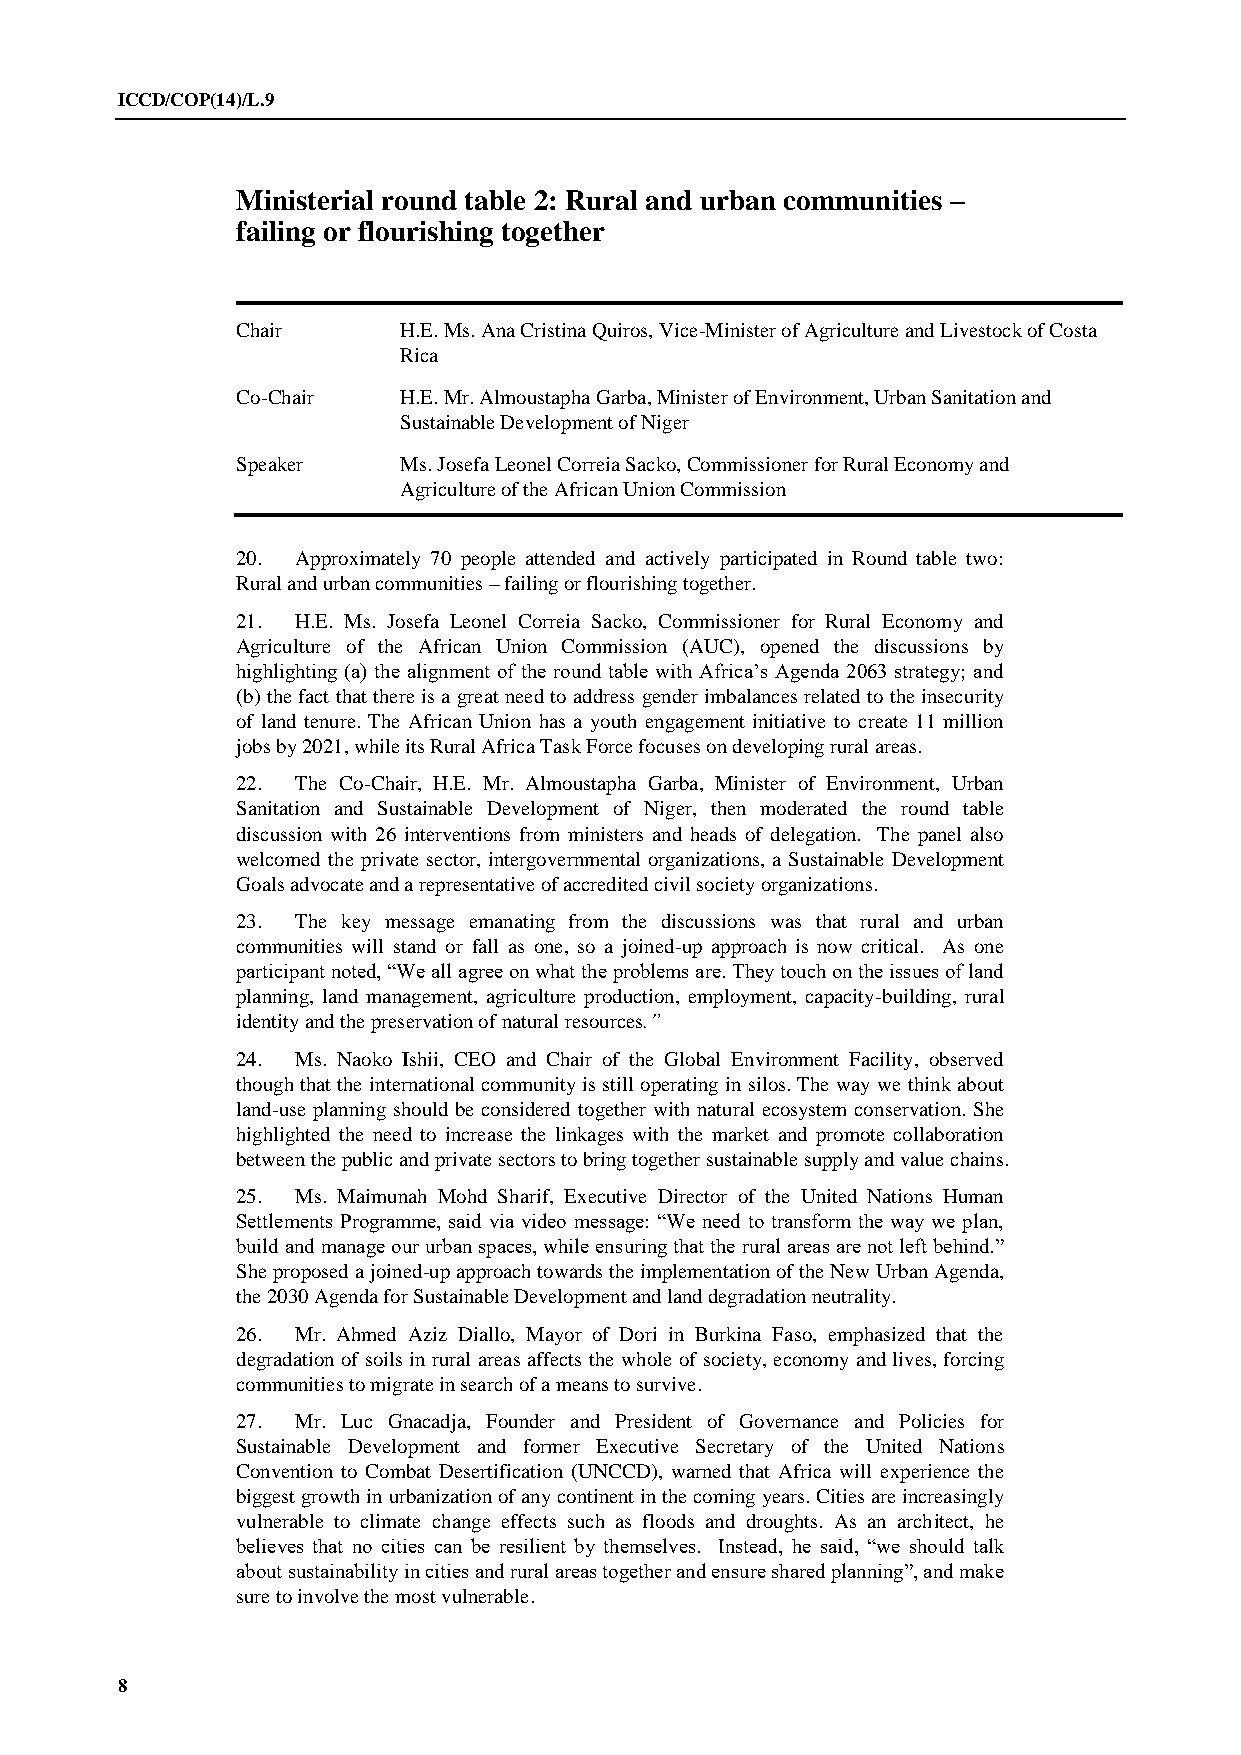
ICCD/COP(14)/L.9
 Ministerial round table 2: Rural and urban communities –
 failing or flourishing together
 Chair     H.E. Ms. Ana Cristina Quiros, Vice-Minister of Agriculture and Livestock of Costa
 Rica
 Co-Chair  H.E. Mr. Almoustapha Garba, Minister of Environment, Urban Sanitation and
 Sustainable Development of Niger
 Speaker   Ms. Josefa Leonel Correia Sacko, Commissioner for Rural Economy and
 Agriculture of the African Union Commission
 20. Approximately 70 people attended and actively participated in Round table two:
 Rural and urban communities – failing or flourishing together.
 21. H.E. Ms. Josefa Leonel Correia Sacko, Commissioner for Rural Economy and
 Agriculture of the African Union Commission (AUC), opened the discussions by
 highlighting (a) the alignment of the round table with Africa’s Agenda 2063 strategy; and
 (b) the fact that there is a great need to address gender imbalances related to the insecurity
 of land tenure. The African Union has a youth engagement initiative to create 11 million
 jobs by 2021, while its Rural Africa Task Force focuses on developing rural areas.
 22. The Co-Chair, H.E. Mr. Almoustapha Garba, Minister of Environment, Urban
 Sanitation and Sustainable Development of Niger, then moderated the round table
 discussion with 26 interventions from ministers and heads of delegation. The panel also
 welcomed the private sector, intergovernmental organizations, a Sustainable Development
 Goals advocate and a representative of accredited civil society organizations.
 23. The key message emanating from the discussions was that rural and urban
 communities will stand or fall as one, so a joined-up approach is now critical. As one
 participant noted, “We all agree on what the problems are. They touch on the issues of land
 planning, land management, agriculture production, employment, capacity-building, rural
 identity and the preservation of natural resources.”
 24. Ms. Naoko Ishii, CEO and Chair of the Global Environment Facility, observed
 though that the international community is still operating in silos. The way we think about
 land-use planning should be considered together with natural ecosystem conservation. She
 highlighted the need to increase the linkages with the market and promote collaboration
 between the public and private sectors to bring together sustainable supply and value chains.
 25. Ms. Maimunah Mohd Sharif, Executive Director of the United Nations Human
 Settlements Programme, said via video message: “We need to transform the way we plan,
 build and manage our urban spaces, while ensuring that the rural areas are not left behind.”
 She proposed a joined-up approach towards the implementation of the New Urban Agenda,
 the 2030 Agenda for Sustainable Development and land degradation neutrality.
 26. Mr. Ahmed Aziz Diallo, Mayor of Dori in Burkina Faso, emphasized that the
 degradation of soils in rural areas affects the whole of society, economy and lives, forcing
 communities to migrate in search of a means to survive.
 27. Mr. Luc Gnacadja, Founder and President of Governance and Policies for
 Sustainable Development and former Executive Secretary of the United Nations
 Convention to Combat Desertification (UNCCD), warned that Africa will experience the
 biggest growth in urbanization of any continent in the coming years. Cities are increasingly
 vulnerable to climate change effects such as floods and droughts. As an architect, he
 believes that no cities can be resilient by themselves. Instead, he said, “we should talk
 about sustainability in cities and rural areas together and ensure shared planning”, and make
 sure to involve the most vulnerable.
 8